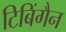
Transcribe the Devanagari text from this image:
टिबिंगैन